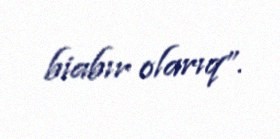
biabır olarıq”.